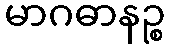
မာဂဓာနဉ္စ